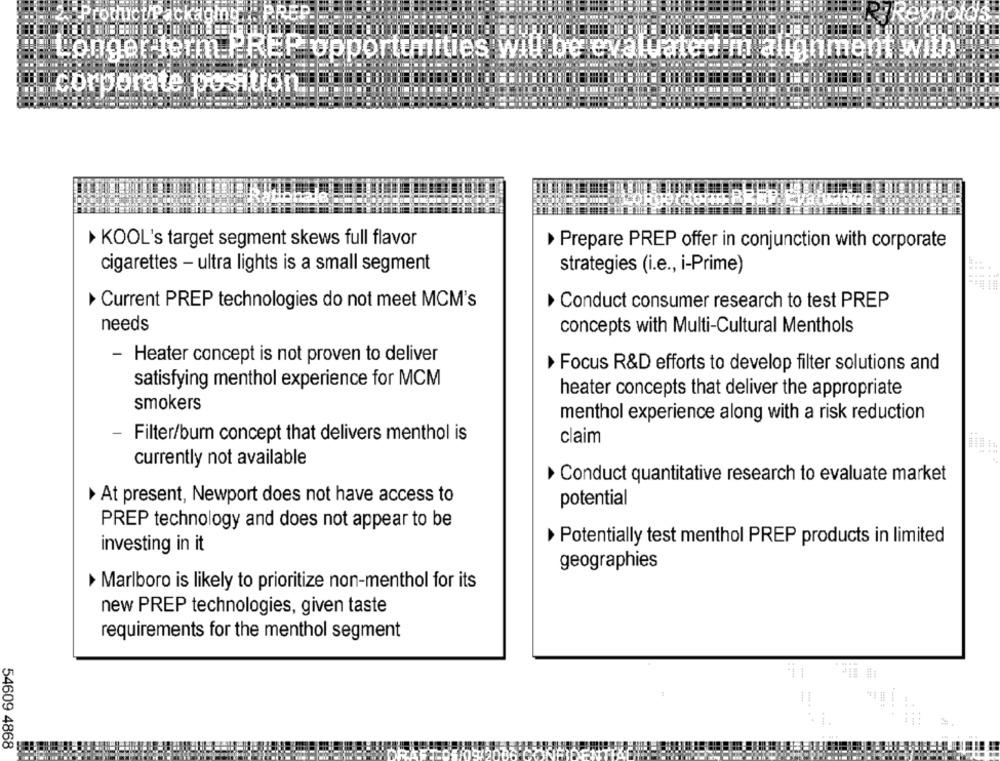
2.Product Packaging
Longer-term PREF opportunities will be evaluate
corporate position ..
KOOL's target segment skews full flavor
Prepare PREP offer in conjunction with corporate
cigarettes - ultra lights is a small segment
strategies (i.e ., i-Prime)
6-44
Current PREP technologies do not meet MCM's
Conduct consumer research to test PREP
needs
concepts with Multi-Cultural Menthols
- Heater concept is not proven to deliver
Focus R&D efforts to develop filter solutions and
satisfying menthol experience for MCM
heater concepts that deliver the appropriate
smokers
menthol experience along with a risk reduction
Filter/burn concept that delivers menthol is
claim
currently not available
Conduct quantitative research to evaluate market
At present, Newport does not have access to
potential
PREP technology and does not appear to be
Potentially test menthol PREP products in limited
investing in it
geographies
Marlboro is likely to prioritize non-menthol for its
new PREP technologies, given taste
requirements for the menthol segment
...
54609 4868